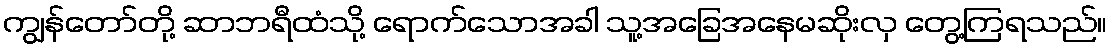
ကျွန်တော်တို့ ဆာဘရီထံသို့ ရောက်သောအခါ သူ့အခြေအနေမဆိုးလှ တွေ့ကြရသည်။